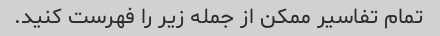
تمام تفاسیر ممکن از جمله زیر را فهرست کنید.